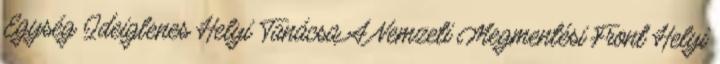
Egység Ideiglenes Helyi Tanácsa A Nemzeti Megmentési Front Helyi